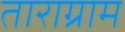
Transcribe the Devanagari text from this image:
ताराग्राम